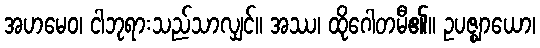
အဟမေဝ၊ ငါဘုရားသည်သာလျှင်။ အဿ၊ ထိုဂေါတမီ၏။ ဥပဇ္ဈာယော၊